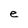
Character: e